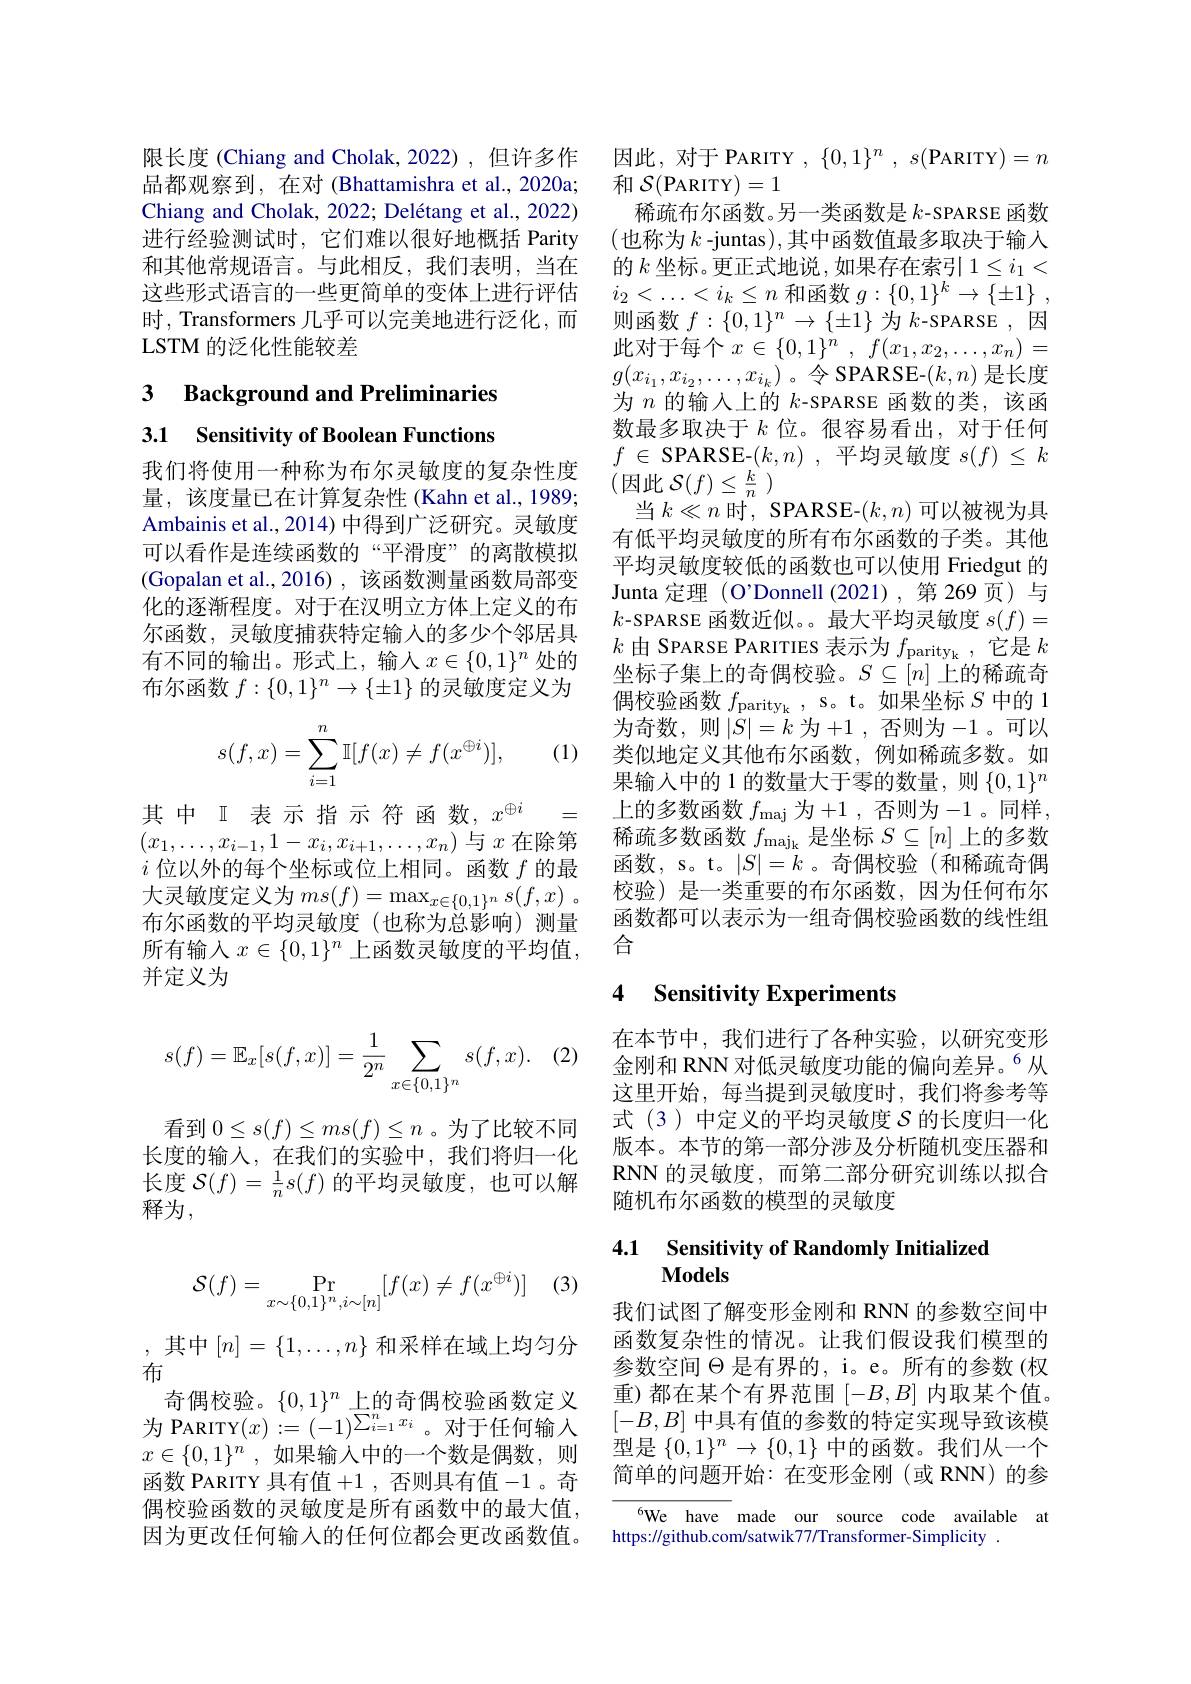
限长度 (Chiang and Cholak, 2022) ,但许多作 因此，对于 PARITY , $\{0,1\}^n,s($PARITY$)=n$
品都观察到，在对 (Bhattamishra et al.,2020a; 和$\mathcal{S}($PARITY)=1
Chiang and Cholak, 2022; Delétang et al., 2022) 稀疏布尔函数。另一类函数是$k$-SPARSE 函数进行经验测试时，它们难以很好地概括 Parity (也称为$k$ -juntas),其中函数值最多取决于输人和其他常规语言。与此相反，我们表明，当在 的$k$ 坐标。更正式地说，如果存在索引 $1\leq i_1<$ 这些形式语言的一些更简单的变体上进行评估时，Transformers 几乎可以完美地进行泛化，而LSTM 的泛化性能较差

3 Background and Preliminaries

3.1 Sensitivity of Boolean Functions

我们将使用一种称为布尔灵敏度的复杂性度量，该度量已在计算复杂性(Kahn et al., 1989; Ambainis et al., 2014) 中得到广泛研究。灵敏度可以看作是连续函数的“平滑度”的离散模拟(Gopalan et al.,2016),该函数测量函数局部变化的逐渐程度。对于在汉明立方体上定义的布尔函数，灵敏度捕获特定输人的多少个邻居具有不同的输出。形式上，输入$x\in\{0,1\}^n$ 处的布尔函数$f:\{0,1\}^n\to\{\pm1\}$的灵敏度定义为

(1)
$$s(f,x)=\sum_{i=1}^n\mathbb{I}[f(x)\neq f(x^{\oplus i})],$$
其中 II 表示指示符函数，$x^{\oplus i}$
=
$(x_1,\ldots,x_{i-1},1-x_i,x_{i+1},\ldots,x_n)$与$x$在除第$i$位以外的每个坐标或位上相同。函数$f$的最大灵敏度定义为$ms( f) = \max _x\in \{ 0, 1\} ^n$ $s( f, x)$ 。布尔函数的平均灵敏度(也称为总影响)测量所有输入$x\in\{0,1\}^n$上函数灵敏度的平均值， 并定义为

$\left(\tau_{\iota}\right)$
$$s(f)=\mathbb{E}_x[s(f,x)]=\frac{1}{2^n}\sum_{x\in\{0,1\}^n}s(f,x).$$
看到$0\leq s(f)\leq ms(f)\leq n$ 。为了比较不同长度的输入，在我们的实验中，我们将归一化长度$\mathcal{S}(f)=\frac1ns(f)$的平均灵敏度，也可以解释为，

(3)
$$\mathcal{S}(f)=\Pr_{x\sim\{0,1\}^n,i\sim[n]}[f(x)\neq f(x^{\oplus i})]$$
,其中$[n]=\{1,\ldots,n\}$ 和采样在域上均匀分
布
奇偶校验。$\{0,1\}^n$上的奇偶校验函数定义为 PARITY$(x):=(-1)^{\sum_{i=1}^{n}x_{i}}$。对于任何输入$x\in \{ 0, 1\} ^n$ , 如果输入中的一个数是偶数，则函数 PARITY 具有值+1 , 否则具有值-1 。奇偶校验函数的灵敏度是所有函数中的最大值， 因为更改任何输入的任何位都会更改函数值。

$i_2<\ldots<i_k\leq n$和函数$g: \{ 0, 1\} ^k\to \{ \pm 1\}$ , 则函数$f:\{0,1\}^{n}\to\{\pm1\}$为$k$-SPARSE ,因此对于每个$x\in\{0,1\}^n,f(x_1,x_2,\ldots,x_n)=$ $g(x_{i_1},x_{i_2},\ldots,x_{i_k})$。令 SPARSE-$(k,n)$是长度为$n$的输入上的$k$-SPARSE 函数的类，该函数最多取决于$k$位。很容易看出，对于任何$f$ $\in$ ${\mathrm{SPARSE- }}( k, n)$ , 平均灵敏度 $s( f)$ $\leq$ $k$ (因此 $\mathcal{S}(f)\leq\frac{k}{n})$
当$k\ll n$时，SPARSE-$(k,n)$可以被视为具有低平均灵敏度的所有布尔函数的子类。其他平均灵敏度较低的函数也可以使用 Friedgut 的Junta 定理 (O'Donnell (2021),第 269 页)与$k$-SPARSE 函数近似。。最大平均灵敏度$s(f)=$ $k$由 SPARSE PARITIES 表示为$f_\mathrm{parity_k}$,它是$k$ 坐标子集上的奇偶校验。$S\subseteq[n]$上的稀疏奇偶校验函数$f_\mathrm{parity_k}$, s。t。如果坐标$S$中的 1为奇数，则$|\dot{S}|=k$ 为+1 ,否则为-1。可以类似地定义其他布尔函数，例如稀疏多数。如果输入中的 1 的数量大于零的数量，则$\{0,1\}^n$ 上的多数函数 $f_\mathrm{maj}$ 为+1, 否则为-1。同样， 稀疏多数函数$f_\mathrm{maj_k}$是坐标$S\subseteq[n]$上的多数函数，s。t。$|S|=k$。奇偶校验(和稀疏奇偶校验)是一类重要的布尔函数，因为任何布尔函数都可以表示为一组奇偶校验函数的线性组合

### 4 $\textbf{Sensitivity Experiments}$

在本节中，我们进行了各种实验，以研究变形金刚和 RNN 对低灵敏度功能的偏向差异。$^{6}$从这里开始，每当提到灵敏度时，我们将参考等式(3)中定义的平均灵敏度$\mathcal{S}$ 的长度归一化版本。本节的第一部分涉及分析随机变压器和RNN 的灵敏度，而第二部分研究训练以拟合随机布尔函数的模型的灵敏度

## 4.1 Sensitivity of Randomly Initialized $\mathbf{Models}$

我们试图了解变形金刚和 RNN 的参数空间中函数复杂性的情况。让我们假设我们模型的参数空间$\Theta$是有界的，i。e。所有的参数(权重)都在某个有界范围$[-B,B]$ 内取某个值。$[-B,B]$中具有值的参数的特定实现导致该模型是$\{0,1\}^n\to\{0,1\}$中的函数。我们从一个简单的问题开始：在变形金刚(或 RNN)的参

$^{6}$We have made our source code available at
https://github.com/satwik77/Transformer-Simplicity